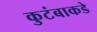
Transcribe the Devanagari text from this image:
कुटंबाकडे